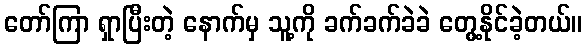
တော်ကြာ ရှာပြီးတဲ့ နောက်မှ သူ့ကို ခက်ခက်ခဲခဲ တွေ့နိုင်ခဲ့တယ်။